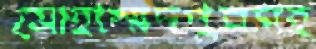
মোহাম্মদপুরসহ